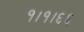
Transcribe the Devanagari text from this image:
१।१।६६